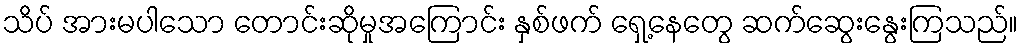
သိပ် အားမပါသော တောင်းဆိုမှုအကြောင်း နှစ်ဖက် ရှေ့နေတွေ ဆက်ဆွေးနွေးကြသည်။